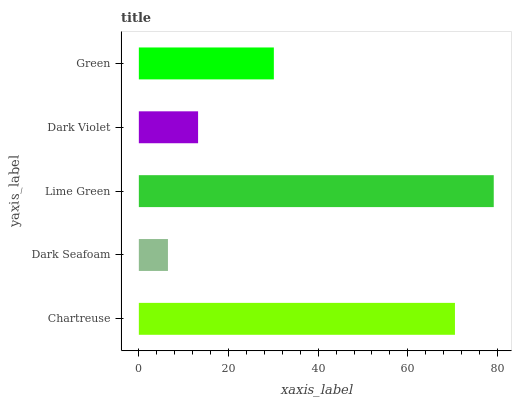
| yaxis_label | bars |
 | --- | --- |
 | Chartreuse | 70.5 |
 | Dark Seafoam | 6.49 |
 | Lime Green | 79.2 |
 | Dark Violet | 13.2 |
 | Green | 30.1 |